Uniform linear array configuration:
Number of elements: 12
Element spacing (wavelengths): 0.25
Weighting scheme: kaiser
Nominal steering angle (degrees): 15
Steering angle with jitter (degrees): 15.233
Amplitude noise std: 0.05
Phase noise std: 0.05

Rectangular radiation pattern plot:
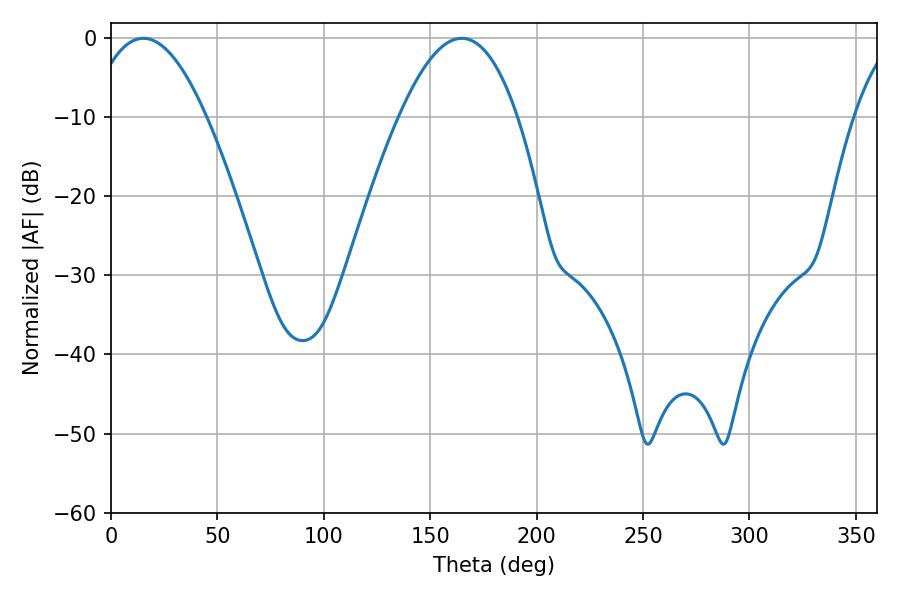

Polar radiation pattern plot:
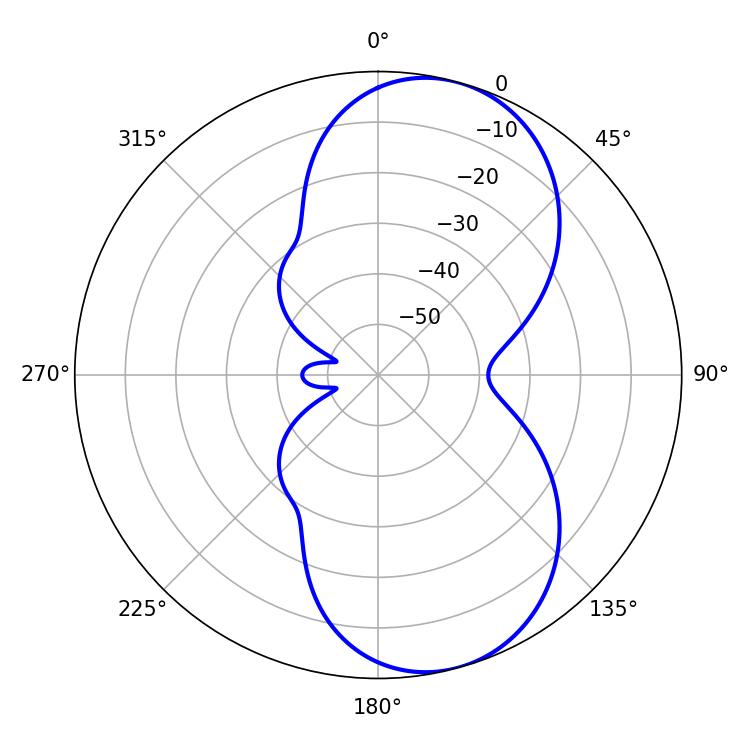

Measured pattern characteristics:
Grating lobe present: FALSE
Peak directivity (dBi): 8.053
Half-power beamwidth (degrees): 30.42
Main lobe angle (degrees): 15.12